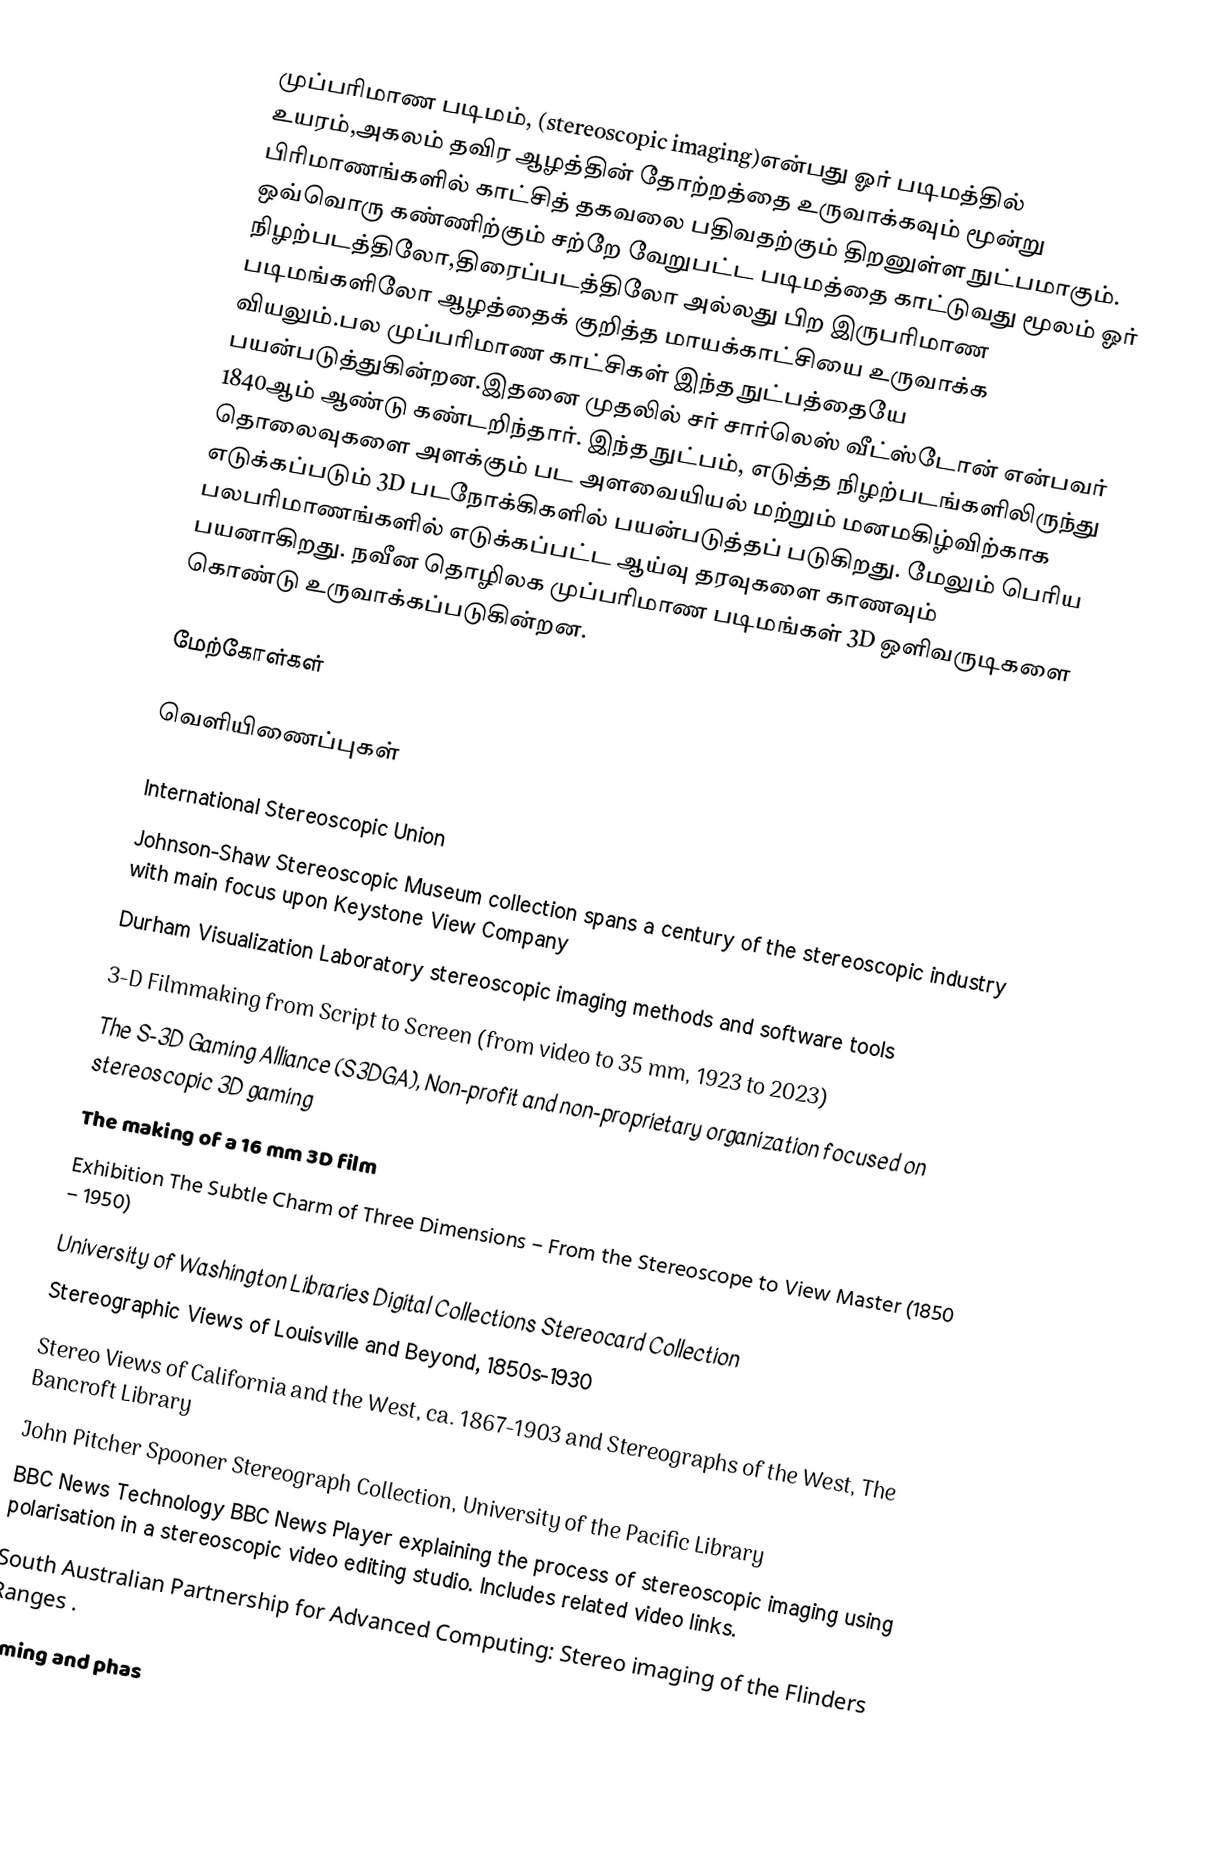
முப்பரிமாண படிமம், (stereoscopic imaging)என்பது ஓர் படிமத்தில் உயரம்,அகலம் தவிர ஆழத்தின் தோற்றத்தை உருவாக்கவும் மூன்று பிரிமாணங்களில் காட்சித் தகவலை பதிவதற்கும் திறனுள்ள நுட்பமாகும். ஒவ்வொரு கண்ணிற்கும் சற்றே வேறுபட்ட படிமத்தை காட்டுவது மூலம் ஓர் நிழற்படத்திலோ,திரைப்படத்திலோ அல்லது பிற இருபரிமாண படிமங்களிலோ ஆழத்தைக் குறித்த மாயக்காட்சியை உருவாக்க வியலும்.பல முப்பரிமாண காட்சிகள் இந்த நுட்பத்தையே பயன்படுத்துகின்றன.இதனை முதலில் சர் சார்லெஸ் வீட்ஸ்டோன் என்பவர் 1840ஆம் ஆண்டு கண்டறிந்தார். இந்த நுட்பம், எடுத்த நிழற்படங்களிலிருந்து தொலைவுகளை அளக்கும் பட அளவையியல் மற்றும் மனமகிழ்விற்காக எடுக்கப்படும் 3D படநோக்கிகளில் பயன்படுத்தப் படுகிறது. மேலும் பெரிய பலபரிமாணங்களில் எடுக்கப்பட்ட ஆய்வு தரவுகளை காணவும் பயனாகிறது. நவீன தொழிலக முப்பரிமாண படிமங்கள் 3D ஒளிவருடிகளை கொண்டு உருவாக்கப்படுகின்றன.

மேற்கோள்கள்

வெளியிணைப்புகள்

 International Stereoscopic Union
 Johnson-Shaw Stereoscopic Museum collection spans a century of the stereoscopic industry with main focus upon Keystone View Company
 Durham Visualization Laboratory stereoscopic imaging methods and software tools
 3-D Filmmaking from Script to Screen (from video to 35 mm, 1923 to 2023)
 The S-3D Gaming Alliance (S3DGA), Non-profit and non-proprietary organization focused on stereoscopic 3D gaming
 The making of a 16 mm 3D film
 Exhibition  The Subtle Charm of Three Dimensions – From the Stereoscope to View Master (1850 – 1950)
 University of Washington Libraries Digital Collections Stereocard Collection
 Stereographic Views of Louisville and Beyond, 1850s-1930
 Stereo Views of California and the West, ca. 1867-1903 and Stereographs of the West, The Bancroft Library
 John Pitcher Spooner Stereograph Collection, University of the Pacific Library
 BBC News Technology BBC News Player explaining the process of stereoscopic imaging using polarisation in a stereoscopic video editing studio. Includes related video links.
 South Australian Partnership for Advanced Computing: Stereo imaging of the Flinders Ranges .
 Timing and phas